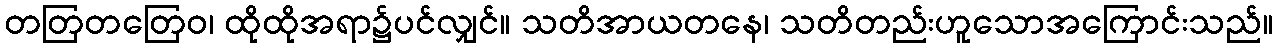
တတြတတြေဝ၊ ထိုထိုအရာ၌ပင်လျှင်။ သတိအာယတနေ၊ သတိတည်းဟူသောအကြောင်းသည်။